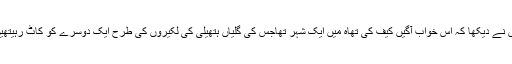
اس نے دیکھا کہ اس خواب آگیں کیف کی تھاہ میں ایک شہر تھاجس کی گلیاں ہتھیلی کی لکیروں کی طرح ایک دوسرے کو کاٹ رہیتھیں۔